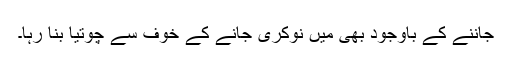
جاننے کے باوجود بھی میں نوکری جانے کے خوف سے چوتیا بنا رہا۔